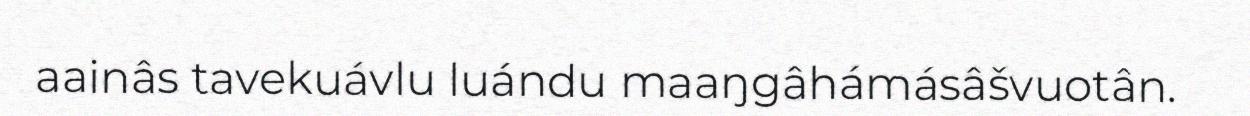
aainâs tavekuávlu luándu maaŋgâhámásâšvuotân.